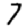
Digit: 7